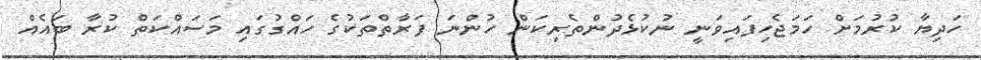
ހަދިޔާ ކުރުމަށް ހަމަޖެހިފައިވަނީ ނުކުޅެދުންތެރިކަން ހުންނަ ފަރާތްތަކުގެ ހައްގުގައި މަސައްކަތް ކުރާ ބައެއް